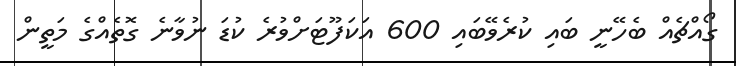
ގޯއްޗެއް ބެހޭނީ ބައި ކުރެވޭބައި 600 އަކަފޫޓަށްވުރެ ކުޑަ ނުވާނެ ގޮތެއްގެ މަތީން